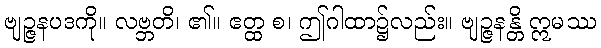
ဗျဉ္ဇနပဒကို။ လဗ္ဘတိ၊ ၏။ ဧတ္ထ စ၊ ဤဂါထာ၌လည်း။ ဗျဉ္ဇနန္တိ ဣမဿ